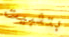
بتثبيت